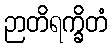
ဉာတိရက္ခိတံ